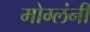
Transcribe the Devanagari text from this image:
मोग्लंनी